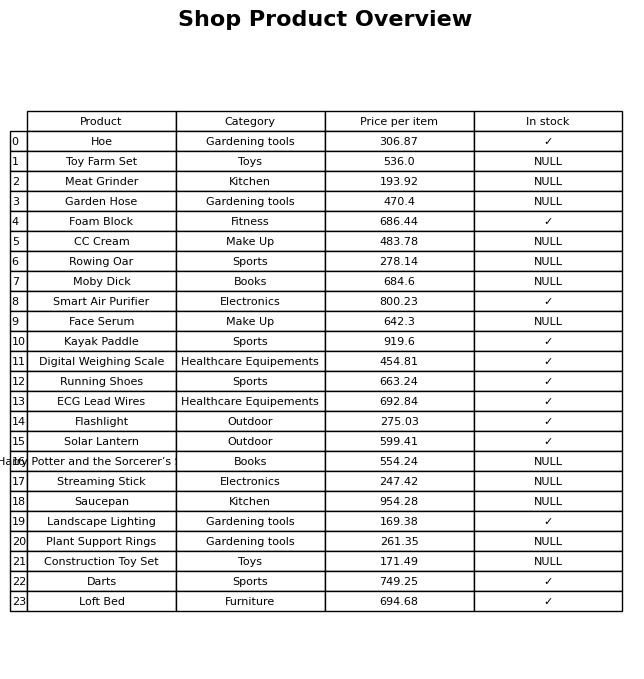
question: What is the price for Kayak Paddle?
answer: The price of Kayak Paddle is 919.6.